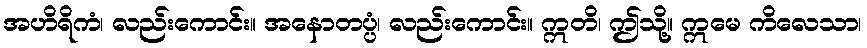
အဟိရိကံ၊ လည်းကောင်း။ အနောတပ္ပံ၊ လည်းကောင်း။ ဣတိ၊ ဤသို့။ ဣမေ ကိလေသာ၊